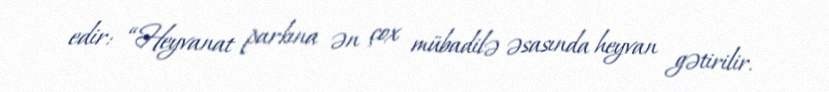
edir: “Heyvanat parkına ən çox mübadilə əsasında heyvan gətirilir.